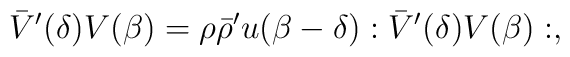
\bar V^\prime(\delta )V(\beta )=\rho\bar\rho^\prime u(\beta -\delta):\bar V^\prime(\delta )V(\beta ):,